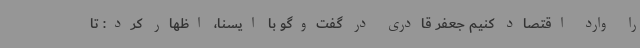
را وارد اقتصاد کنیم جعفر قادری در گفت‌وگو با ایسنا، اظهار کرد: تا